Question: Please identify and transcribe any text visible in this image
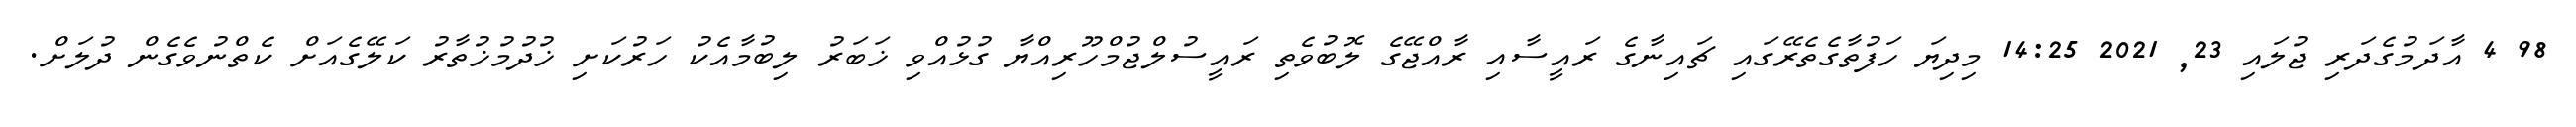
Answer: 98 4 އާދަމުގެދަރި ޖުލައި 23, 2021 14:25 މިދިޔަ ހަފުތާގެތެރޭގައި ޗައިނާގެ ރައީސާއި ރާއްޖޭގެ ލޮބުވެތި ރައީސުލްޖުމްހޫރިއްޔާ ގުޅުއްވި ޚަބަރު ލިބުމާއެކު ހަރުކަށި ޚުދުމުޚުތާރު ކަލޭގެއަށް ކެތްނުވެގެން ދުލަށް.